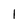
Character: 1